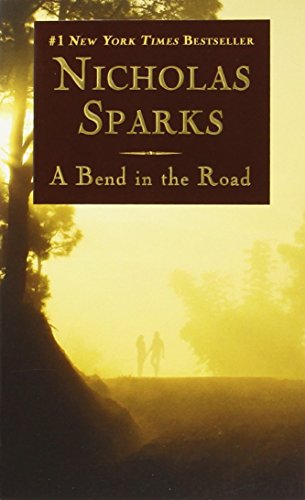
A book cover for A Bend in the Road; Nicholas Sparks; Mystery, Thriller & Suspense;